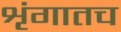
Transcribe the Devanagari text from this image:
शृंगातच